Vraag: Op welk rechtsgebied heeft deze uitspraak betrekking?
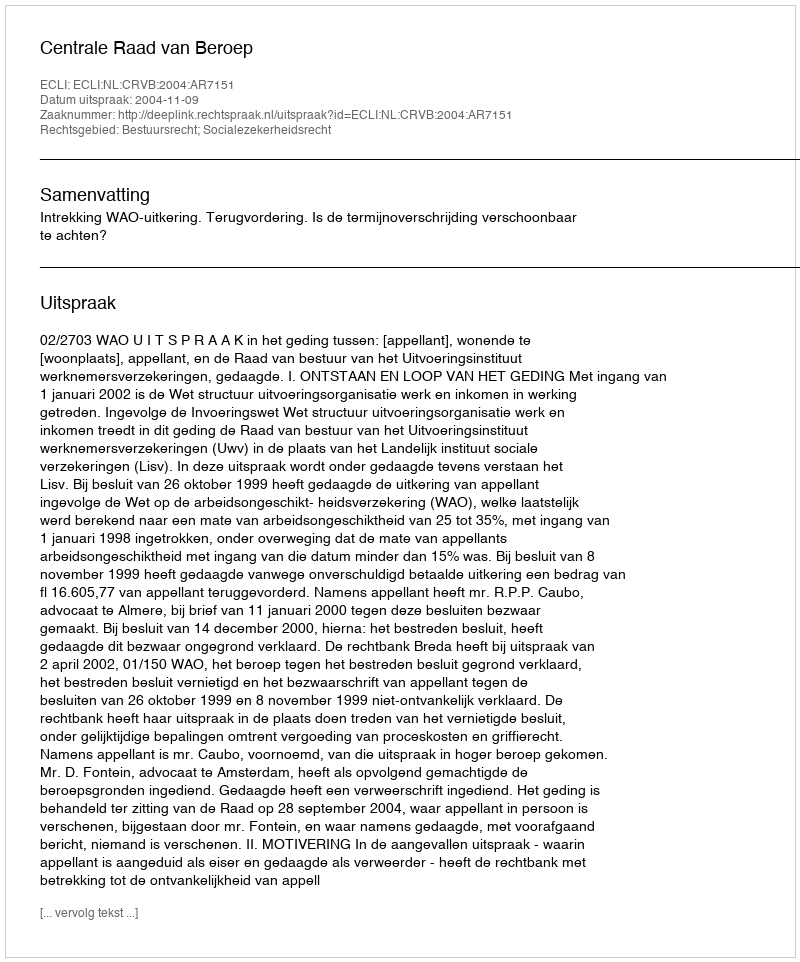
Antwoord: Bestuursrecht; Socialezekerheidsrecht